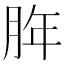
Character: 脌